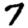
Digit: 7